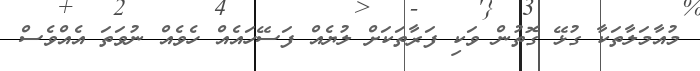
މުއާމަލާތަކާ ގުޅޭ ގޮތުން ވަކި ފަރާތަކަށް ލުޔެއް ފަސޭހައެއް ހެވެއް ނުވަތަ އެއްވެސް